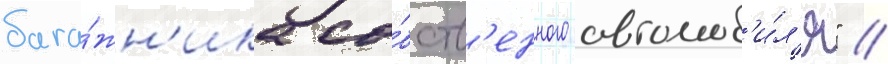
бага́жн'ика со́бств'енного автомоб'и́л'я" //